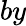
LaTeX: by